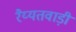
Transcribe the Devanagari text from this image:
रैय्यतवाड़ी